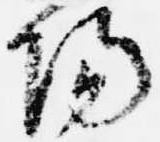
陽